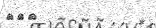
١٢٣